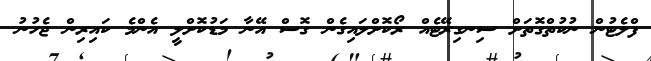
ފްލެޓުން ނުކުތްގޮތަށް ސިނގިރޭޓެއް ރޯކޮށްލައިގެން ގޮސް އޭނާ މަޑުކޮށްލީ އެންމެ ކައިރިން ޖެހުނު